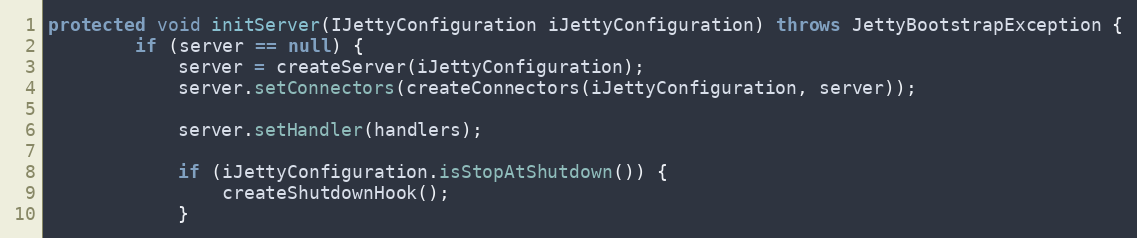
Language: Java
protected void initServer(IJettyConfiguration iJettyConfiguration) throws JettyBootstrapException {
        if (server == null) {
            server = createServer(iJettyConfiguration);
            server.setConnectors(createConnectors(iJettyConfiguration, server));

            server.setHandler(handlers);

            if (iJettyConfiguration.isStopAtShutdown()) {
                createShutdownHook();
            }